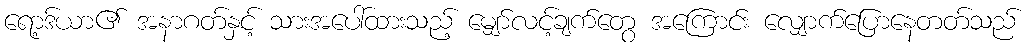
ရော့ဒ်ယာ၏ အနာဂတ်နှင့် သားအပေါ်ထားသည့် မျှော်လင့်ချက်တွေ အကြောင်း လျှောက်ပြောနေတတ်သည်